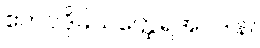
ဧကပဒိုမိယတ္ထေရအပဒါန။